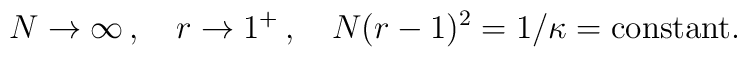
N\rightarrow\infty\, ,\quad r\rightarrow 1^{+}\, ,\quad N(r-1)^{2} = 1/\kappa = {\rm constant}.